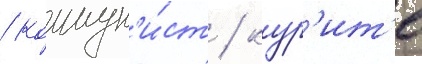
/ коммун'и́ст / кур'ит'е